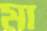
মা